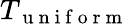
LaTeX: T_{\mathrm{~u~n~i~f~o~r~m~}}